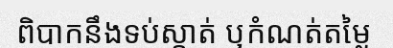
ពិបាកនឹងទប់ស្កាត់ ឬកំណត់តម្លៃ